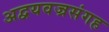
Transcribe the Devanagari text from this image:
अद्वयवज्रसंगह